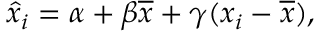
\hat { x } _ { i } = \alpha + \beta \overline { { x } } + \gamma ( x _ { i } - \overline { { x } } ) ,